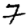
Digit: 7